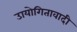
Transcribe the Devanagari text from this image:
उायोगितावादी